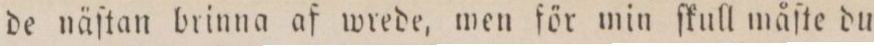
de näſtan brinna af wrede, men för min ſkull måſte du